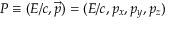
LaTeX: P \equiv ( E / c , { \vec { p } } ) = ( E / c , p _ { x } , p _ { y } , p _ { z } )